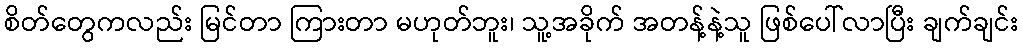
စိတ်တွေကလည်း မြင်တာ ကြားတာ မဟုတ်ဘူး၊ သူ့အခိုက် အတန့်နဲ့သူ ဖြစ်ပေါ်လာပြီး ချက်ချင်း